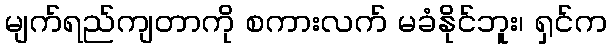
မျက်ရည်ကျတာကို စကားလက် မခံနိုင်ဘူး၊ ရှင်က